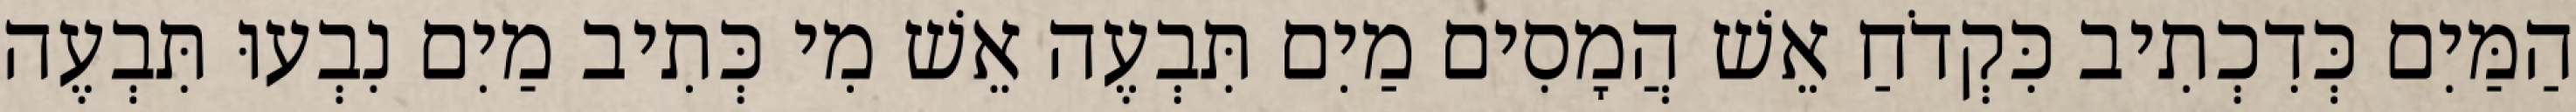
הַמַּיִם כְּדִכְתִיב כִּקְדֹחַ אֵשׁ הֲמָסִים מַיִם תִּבְעֶה אֵשׁ מִי כְּתִיב מַיִם נִבְעוּ תִּבְעֶה